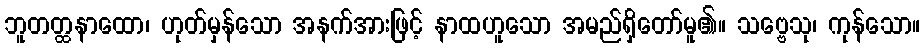
ဘူတတ္ထနာထော၊ ဟုတ်မှန်သော အနက်အားဖြင့် နာထဟူသော အမည်ရှိတော်မူ၏။ သဗ္ဗေသု၊ ကုန်သော။